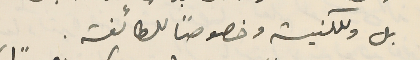
بل وللكنيسة وخصوصاً للطائفة.